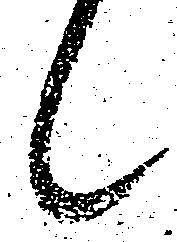
候